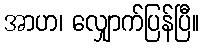
အာဟ၊ လျှောက်ပြန်ပြီ။